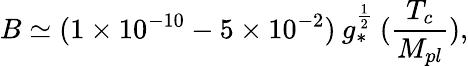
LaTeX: B\simeq(1\times 10^{-10}-5\times 10^{-2})\: g_{*}^{\frac{1}{2}}\: ({\frac{T_{c}}{M_{pl}}}),